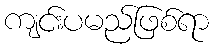
ကျင်းပမည်ဖြစ်ရာ